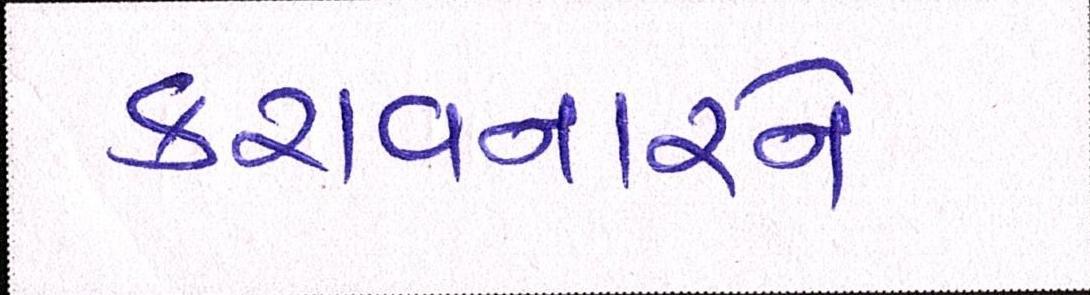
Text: કરાવનારને